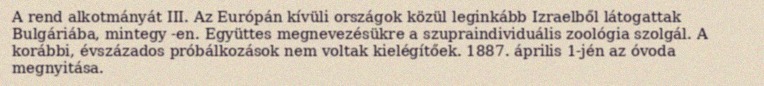
A rend alkotmányát III. Az Európán kívüli országok közül leginkább Izraelből látogattak Bulgáriába, mintegy -en. Együttes megnevezésükre a szupraindividuális zoológia szolgál. A korábbi, évszázados próbálkozások nem voltak kielégítőek. 1887. április 1-jén az óvoda megnyitása.